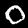
Digit: 0